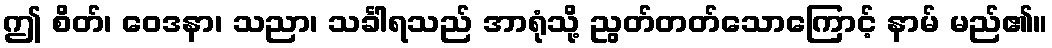
ဤ စိတ်၊ ဝေဒနာ၊ သညာ၊ သင်္ခါရသည် အာရုံသို့ ညွတ်တတ်သောကြောင့် နာမ် မည်၏။